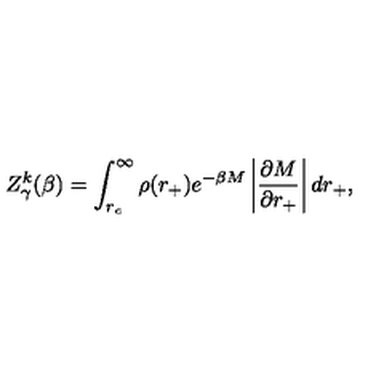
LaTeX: Z _ { \gamma } ^ { k } ( \beta ) = \int _ { r _ { c } } ^ { \infty } \rho ( r _ { + } ) e ^ { - \beta M } \left| \frac { \partial M } { \partial r _ { + } } \right| d r _ { + } ,